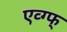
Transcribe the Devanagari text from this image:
एव्ग्फ्